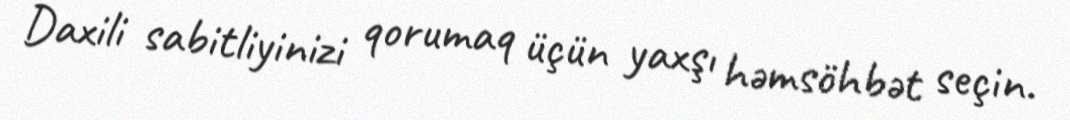
Daxili sabitliyinizi qorumaq üçün yaxşı həmsöhbət seçin.